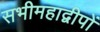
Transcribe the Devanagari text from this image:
सभीमहाद्वीपों